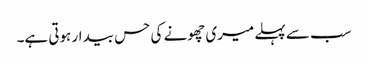
سب سے پہلے میری چھونے کی حس بیدار ہوتی ہے۔